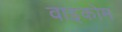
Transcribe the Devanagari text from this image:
वाइकोम